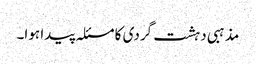
مذہبی دہشت گردی کا مسئلہ پیدا ہوا۔